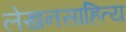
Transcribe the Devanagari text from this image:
लेखनसाहित्य